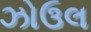
ઝોઉલ